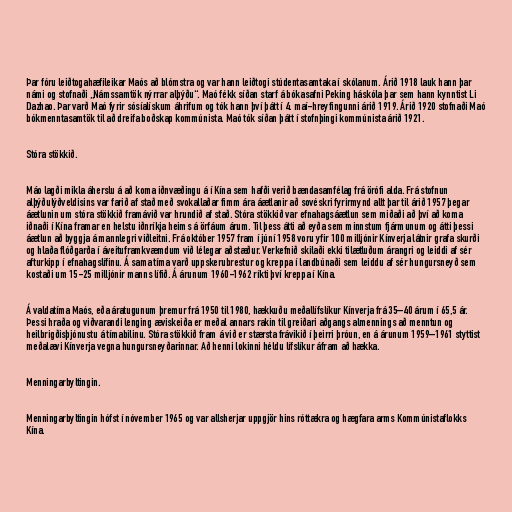
Þar fóru leiðtogahæfileikar Maós að blómstra og var hann leiðtogi stúdentasamtaka í skólanum. Árið 1918 lauk hann þar
námi og stofnaði „Námssamtök nýrrar alþýðu“. Maó fékk síðan starf á bókasafni Peking háskóla þar sem hann kynntist Li
Dazhao. Þar varð Maó fyrir sósíalískum áhrifum og tók hann því þátt í 4. maí-hreyfingunni árið 1919. Árið 1920 stofnaði Maó
bókmenntasamtök til að dreifa boðskap kommúnista. Maó tók síðan þátt í stofnþingi kommúnista árið 1921.

Stóra stökkið.

Máo lagði mikla áherslu á að koma iðnvæðingu á í Kína sem hafði verið bændasamfélag frá örófi alda. Frá stofnun
alþýðulýðveldisins var farið af stað með svokallaðar fimm ára áætlanir að sovéskri fyrirmynd allt þar til árið 1957 þegar
áætlunin um stóra stökkið framávið var hrundið af stað. Stóra stökkið var efnahagsáætlun sem miðaði að því að koma
iðnaði í Kína framar en helstu iðnríkja heims á örfáum árum. Til þess átti að eyða sem minnstum fjármunum og átti þessi
áætlun að byggja á mannlegri viðleitni. Frá október 1957 fram í júní 1958 voru yfir 100 milljónir Kínverja látnir grafa skurði
og hlaða flóðgarða í áveituframkvæmdum við lélegar aðstæður. Verkefnið skilaði ekki tilætluðum árangri og leiddi af sér
afturkipp í efnahagslífinu. Á sama tíma varð uppskerubrestur og kreppa í landbúnaði sem leiddu af sér hungursneyð sem
kostaði um 15-25 milljónir manns lífið. Á árunum 1960-1962 ríkti því kreppa í Kína.

Á valdatíma Maós, eða áratugunum þremur frá 1950 til 1980, hækkuðu meðallífslíkur Kínverja frá 35–40 árum í 65,5 ár.
Þessi hraða og viðvarandi lenging æviskeiða er meðal annars rakin til greiðari aðgangs almennings að menntun og
heilbrigðisþjónustu á tímabilinu. Stóra stökkið fram á við er stærsta frávikið í þeirri þróun, en á árunum 1959–1961 styttist
meðalævi Kínverja vegna hungursneyðarinnar. Að henni lokinni héldu lífslíkur áfram að hækka.

Menningarbyltingin.

Menningarbyltingin hófst í nóvember 1965 og var allsherjar uppgjör hins róttækra og hægfara arms Kommúnistaflokks
Kína.